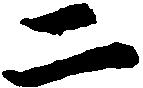
二